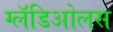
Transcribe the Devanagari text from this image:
ग्लॅडिओलस